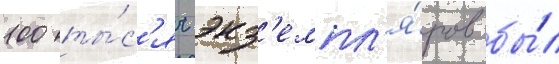
100 ты́с'яч экз'емпл'я́ров бы́л